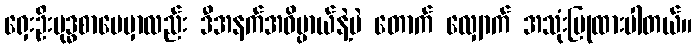
ရှေးဦးဗုဒ္ဓစာပေမှာလည်း ဒီအနက်အဓိပ္ပာယ်နဲ့ပဲ တောက် လျှောက် အသုံးပြုထားပါတယ်။